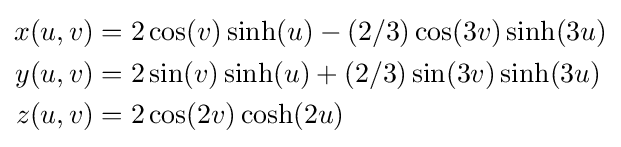
{\begin{aligned}x(u,v)&=2\cos(v)\sinh(u)-(2/3)\cos(3v)\sinh(3u)\\y(u,v)&=2\sin(v)\sinh(u)+(2/3)\sin(3v)\sinh(3u)\\z(u,v)&=2\cos(2v)\cosh(2u)\end{aligned}}